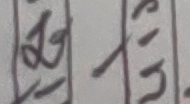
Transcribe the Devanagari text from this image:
अथवा